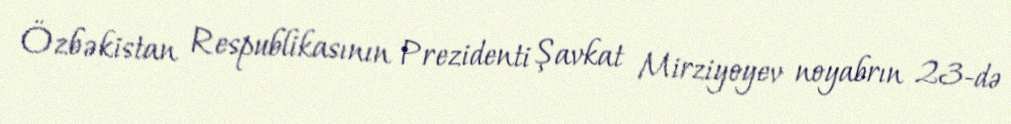
Özbəkistan Respublikasının Prezidenti Şavkat Mirziyoyev noyabrın 23-də